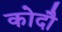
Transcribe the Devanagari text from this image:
कोदौ